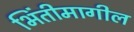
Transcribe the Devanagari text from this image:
भिंतीमागील